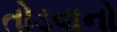
તોડવાનો